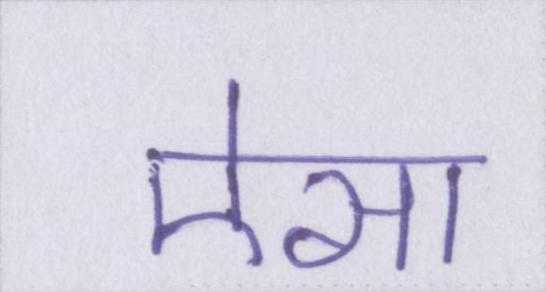
ऐसा